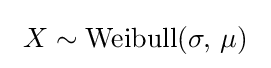
\ X\sim {\textrm {Weibull}}(\sigma ,\,\mu )\